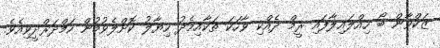
ޒަކްވާން ބޯ ހިއްލައިލާފައި ރީމް ދެއްކި ވާހަކަ ތަކާއިމެދު ހިޔާލު ކޮށްލެވުމުން ހަމްދަރްދީވިއެވެ.